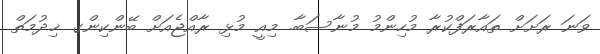
ވަނަ ރަށަށް ތައާރަފްކުރާ މުހިންމު މުނާސަބާ. މިއީ މުޅި ރާއްޖެއަށް ބޭންކިންގ ޚިދުމަތް